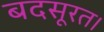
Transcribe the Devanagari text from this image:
बदसूरत।